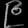
Digit: ၉